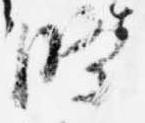
条